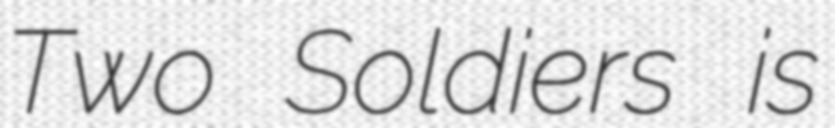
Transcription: Two Soldiers is